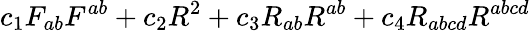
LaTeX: c_{1}F_{ab}F^{ab}+c_{2}R^{2}+c_{3}R_{ab}R^{ab}+c_{4}R_{abcd}R^{abcd}